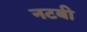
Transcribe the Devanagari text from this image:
नटबी